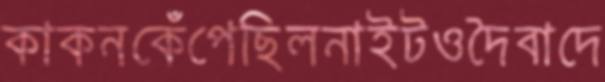
কাকনকেঁপেছিলনাইটওদৈবাদে